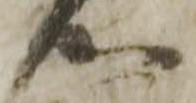
心